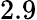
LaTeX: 2.9